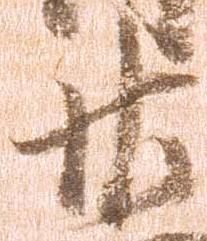
廿